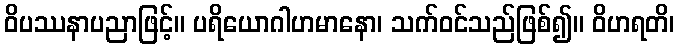
ဝိပဿနာပညာဖြင့်။ ပရိယောဂါဟမာနော၊ သက်ဝင်သည်ဖြစ်၍။ ဝိဟရတိ၊